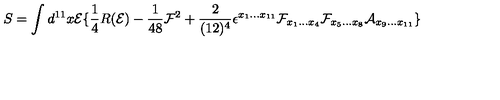
S = \int d ^ { 1 1 } x { \cal E } \lbrace \frac { 1 } { 4 } R ( { \cal E } ) - \frac { 1 } { 4 8 } { \cal F } ^ { 2 } + \frac { 2 } { ( 1 2 ) ^ { 4 } } \epsilon ^ { x _ { 1 } . . . x _ { 1 1 } } { \cal F } _ { x _ { 1 } . . . x _ { 4 } } { \cal F } _ { x _ { 5 } . . . x _ { 8 } } { \cal A } _ { x _ { 9 } . . . x _ { 1 1 } } \rbrace